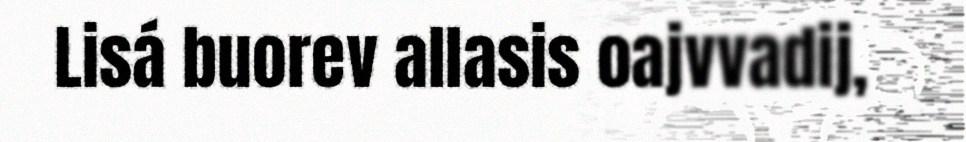
Lisá buorev allasis oajvvadij,